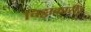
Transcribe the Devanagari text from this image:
चिट्ठाकारी।